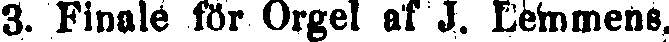
3. Finnle för Orgel af J. Lemmens.